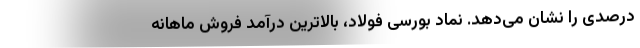
درصدی را نشان می‌دهد. نماد بورسی فولاد، بالاترین درآمد فروش ماهانه